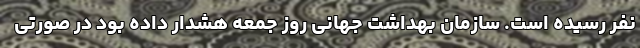
نفر رسیده است. سازمان بهداشت جهانی روز جمعه هشدار داده بود در صورتی